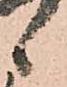
候